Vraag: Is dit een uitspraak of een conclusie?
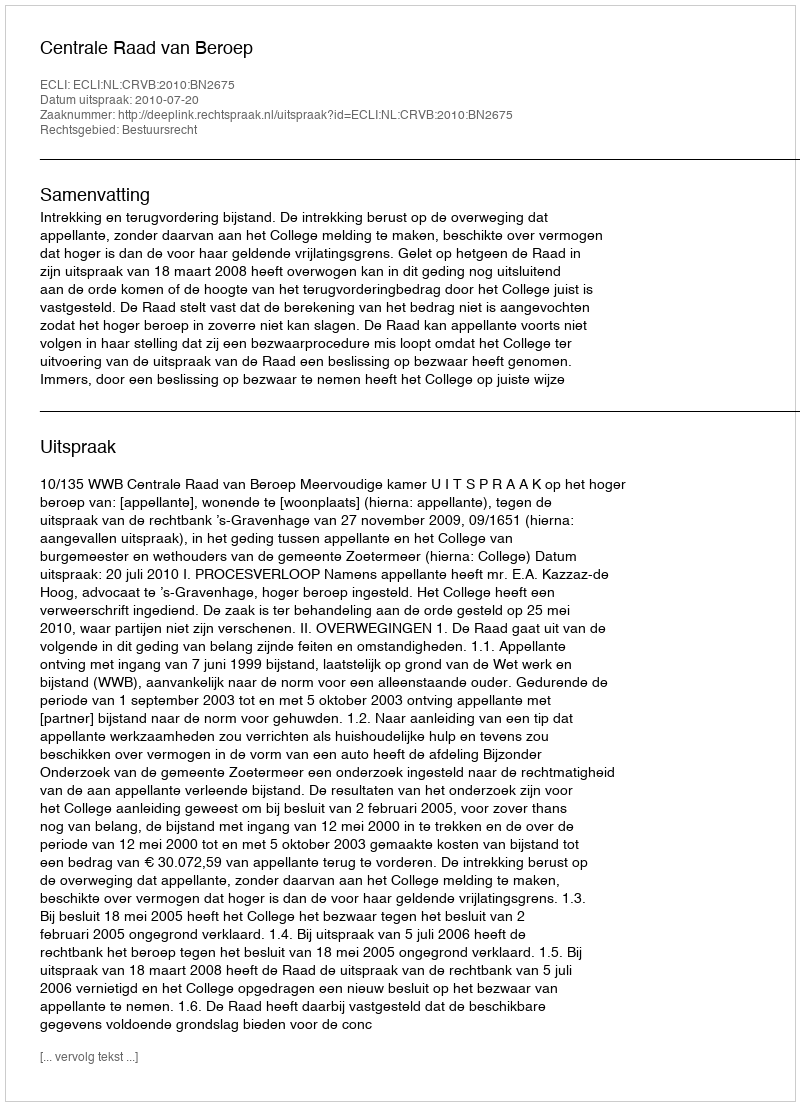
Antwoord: Uitspraak